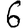
Digit: 6